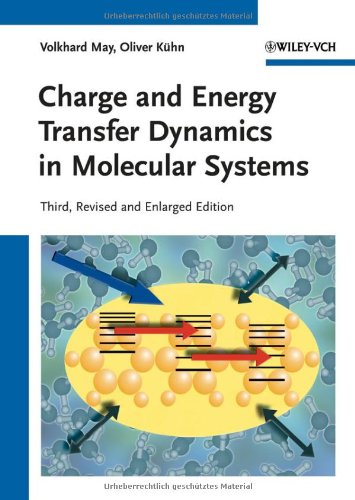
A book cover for Charge and Energy Transfer Dynamics in Molecular Systems; Volkhard May; Science & Math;